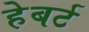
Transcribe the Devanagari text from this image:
हेबर्ट